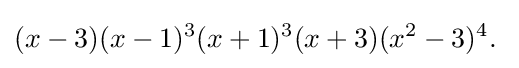
(x-3)(x-1)^{3}(x+1)^{3}(x+3)(x^{2}-3)^{4}.\